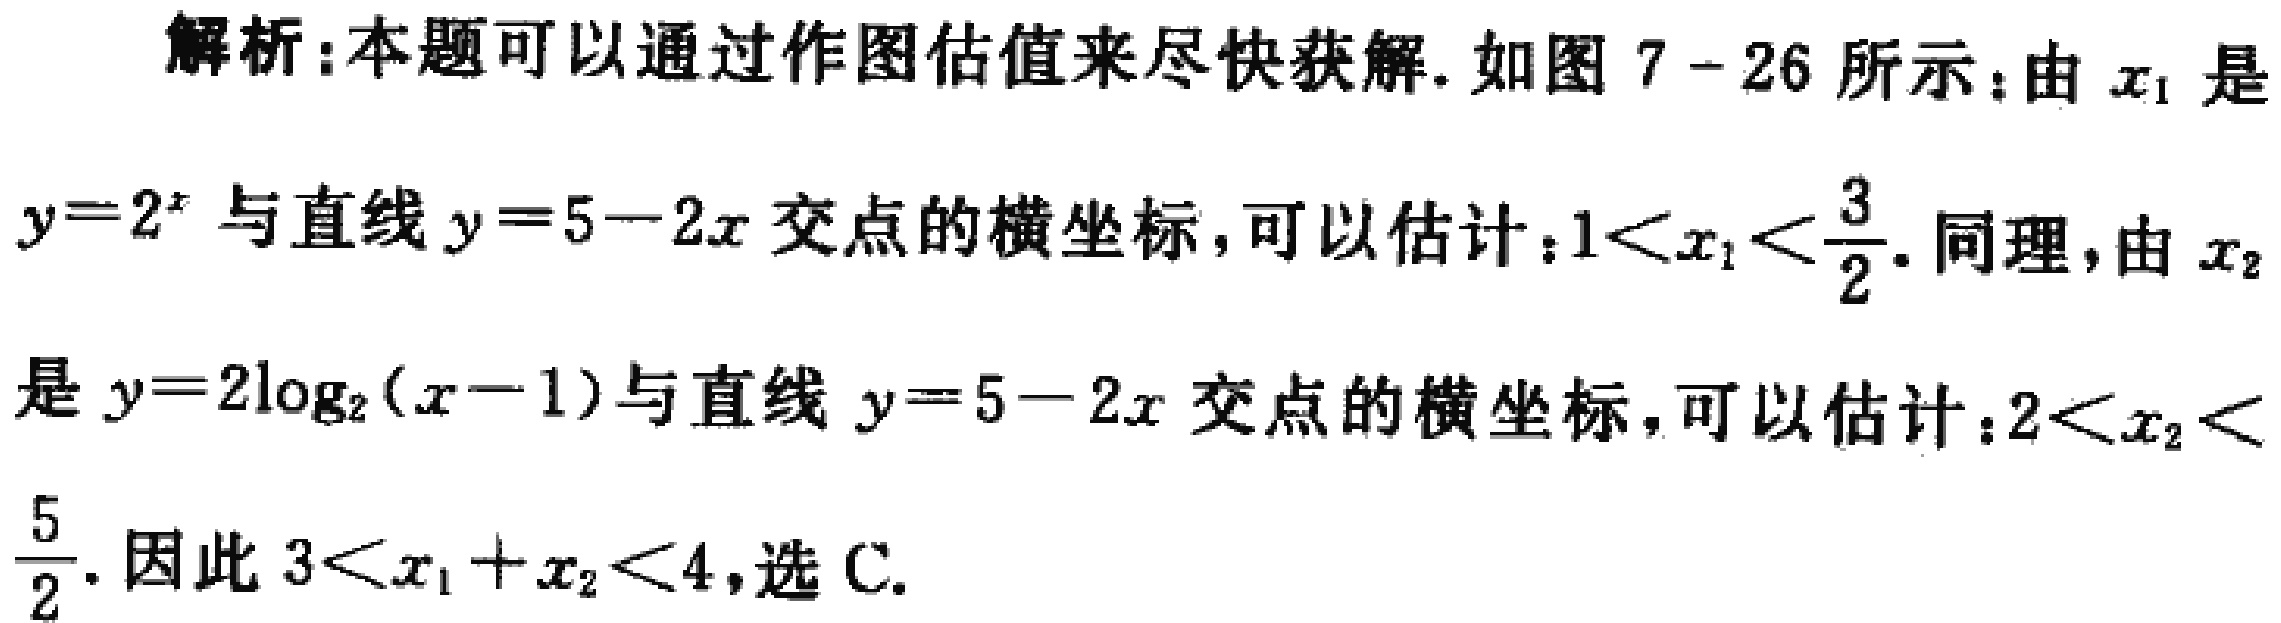
解析：本题可以通过作图估值来尽快获解. 如图 7 - 26 所示：由 \(x_1\) 是
\(y = 2^x\) 与直线 \(y = 5 - 2x\) 交点的横坐标，可以估计：\(1 < x_1 < \frac{3}{2}\). 同理，由 \(x_2\)
是 \(y = 2\log_2(x - 1)\) 与直线 \(y = 5 - 2x\) 交点的横坐标，可以估计：\(2 < x_2 <\)
\(\frac{5}{2}\). 因此 \(3 < x_1 + x_2 < 4\)，选 C.